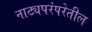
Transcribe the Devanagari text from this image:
नाट्यपरंपरेतील